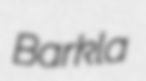
Barkla